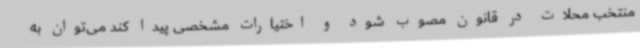
منتخب محلات در قانون مصوب شود و اختیارات مشخصی پیدا کند می‌توان به